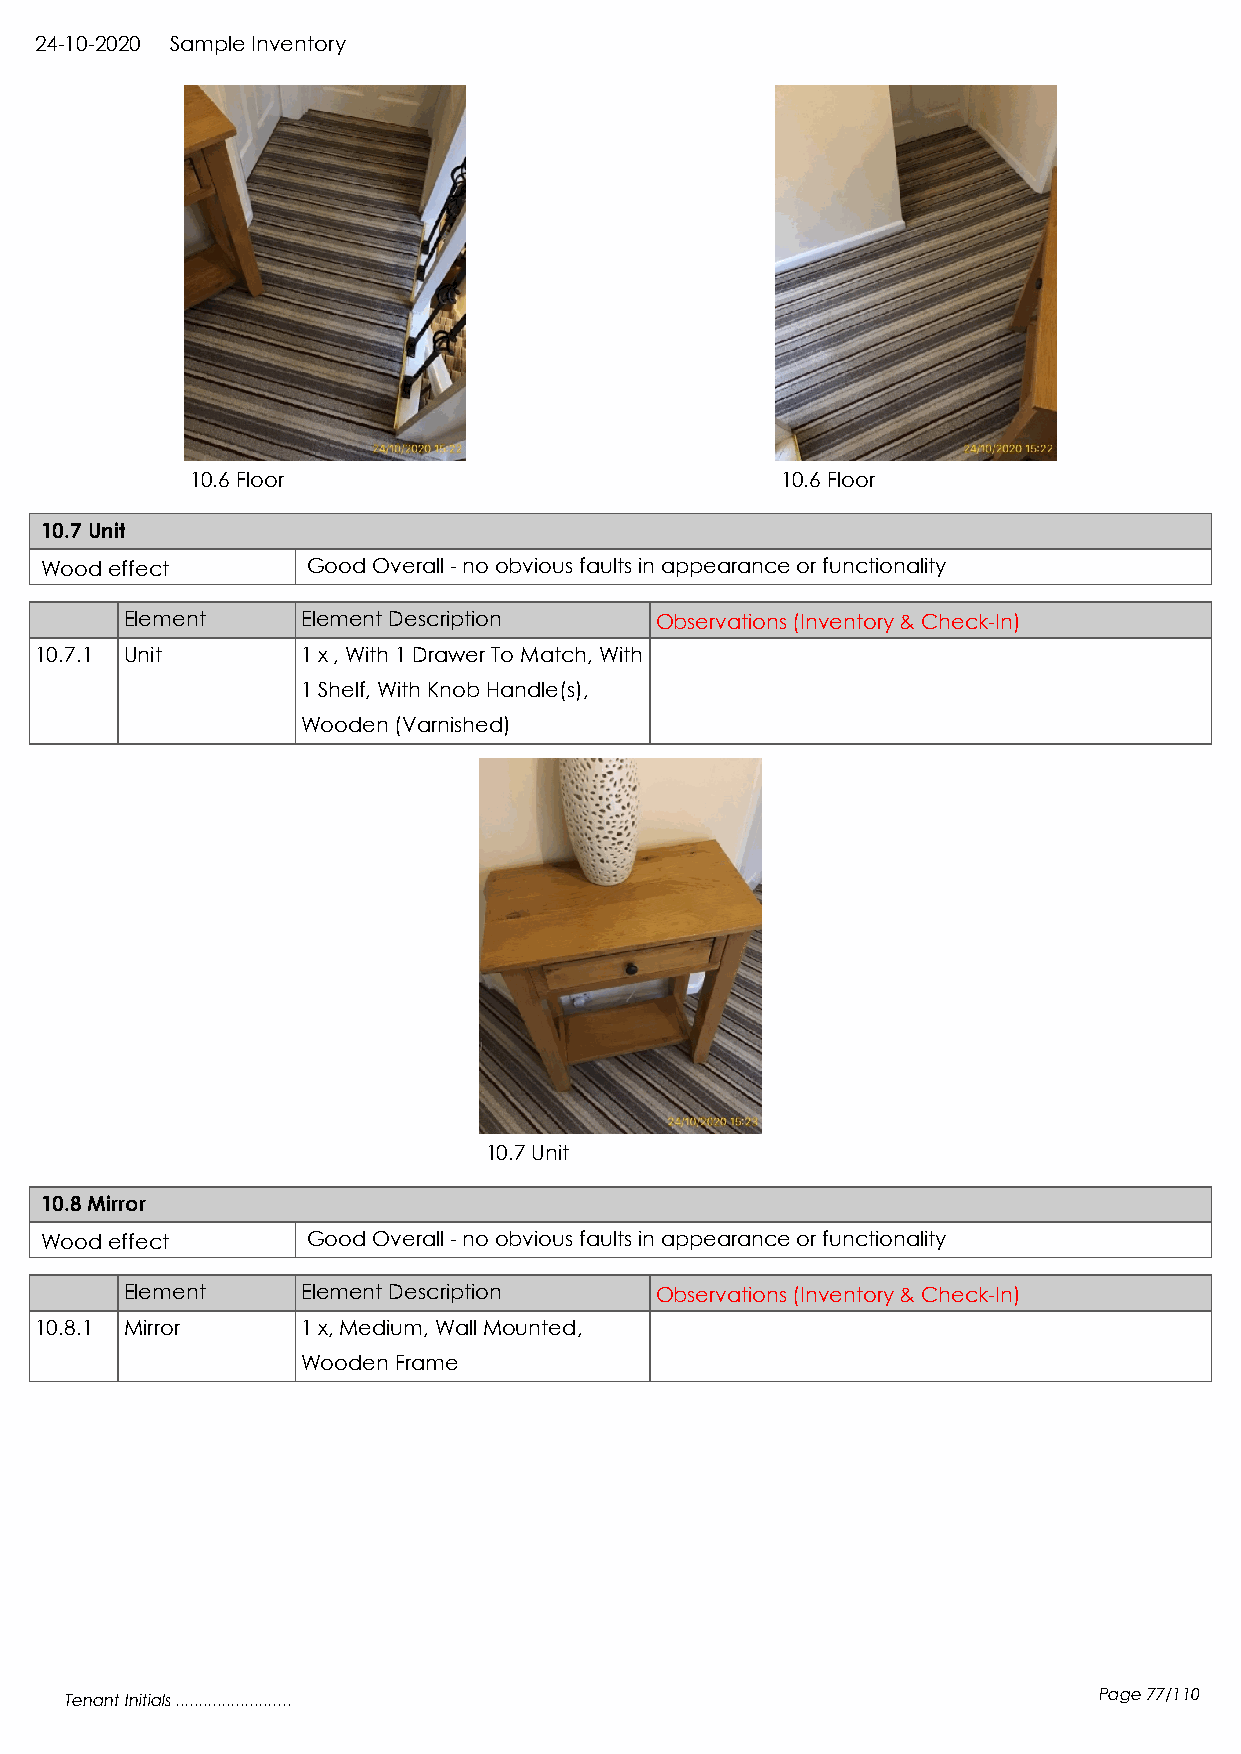
24-10-2020 Sample Inventory
 10.6 Floor                             10.6 Floor
 10.7 Unit
 Wood effect      Good Overall - no obvious faults in appearance or functionality
 Element     Element Description    Observations (Inventory & Check-In)
 10.7.1 Unit       1 x , With 1 Drawer To Match, With
 1 Shelf, With Knob Handle(s),
 Wooden (Varnished)
 10.7 Unit
 10.8 Mirror
 Wood effect      Good Overall - no obvious faults in appearance or functionality
 Element     Element Description    Observations (Inventory & Check-In)
 10.8.1 Mirror     1 x, Medium, Wall Mounted,
 Wooden Frame
 Tenant Initials .........................                            Page 77/110